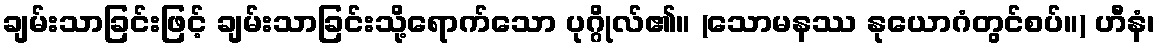
ချမ်းသာခြင်းဖြင့် ချမ်းသာခြင်းသို့ရောက်သော ပုဂ္ဂိုလ်၏။ (သောမနဿ နုယောဂံတွင်စပ်။) ဟီနံ၊